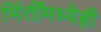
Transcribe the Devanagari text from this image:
भिंतींमध्येही